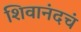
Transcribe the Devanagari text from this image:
शिवानंदचं